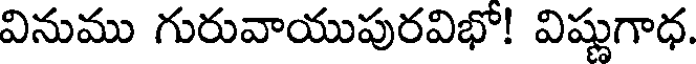
వినుము గురువాయుపురవిభో! విష్ణుగాధ.